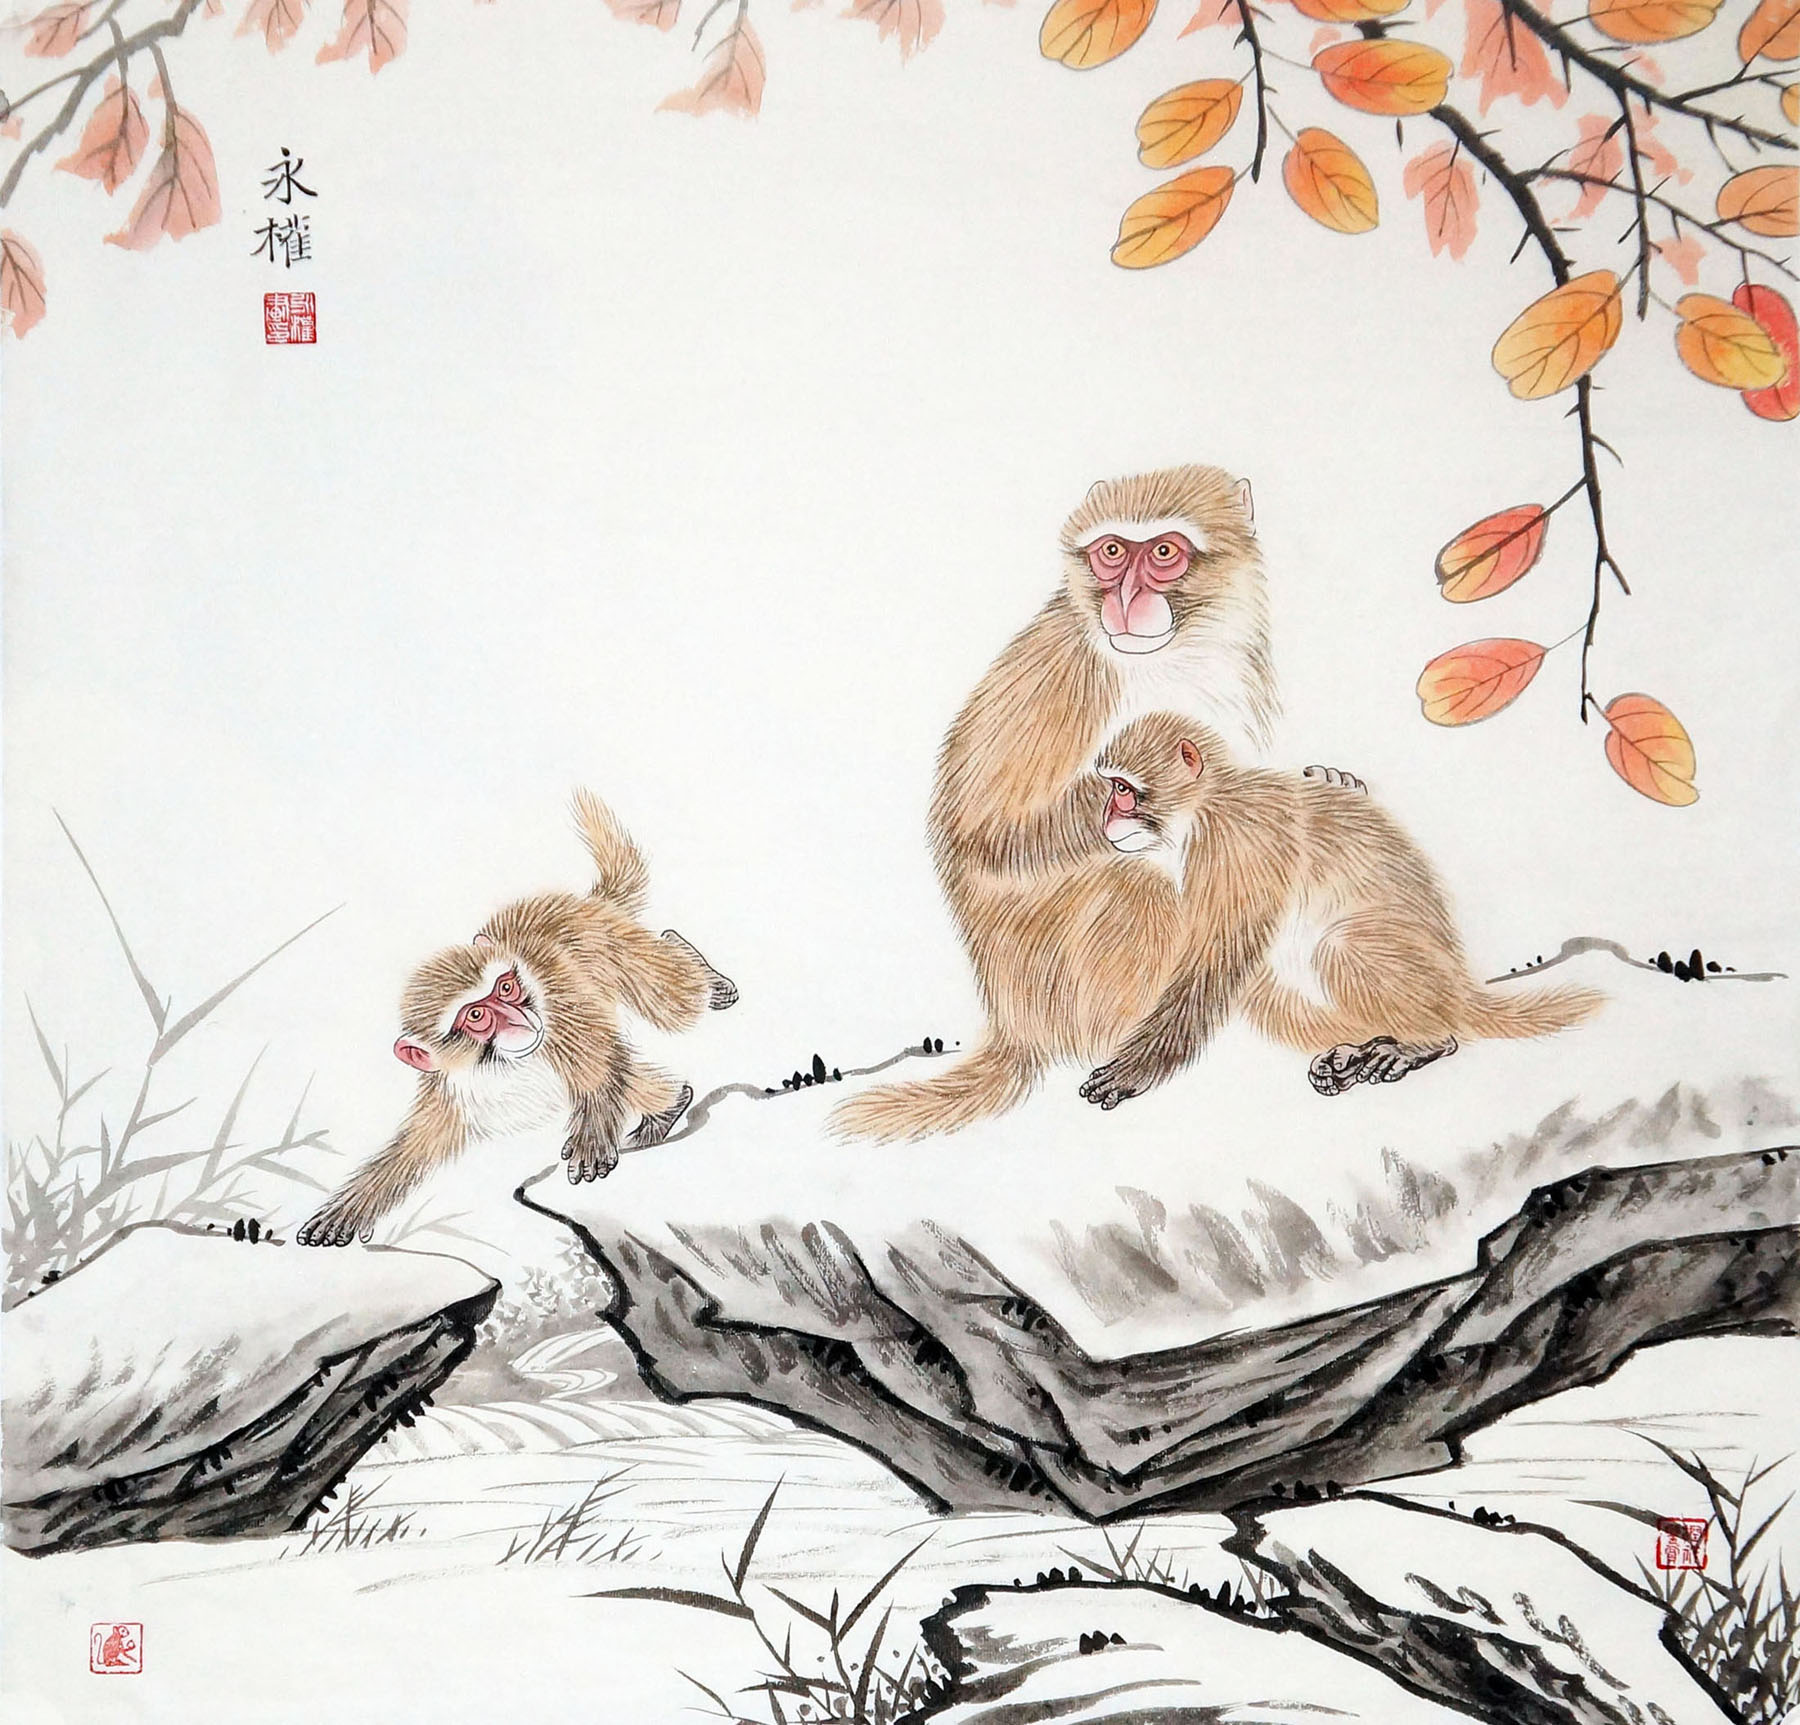
千家闭户无砧杵，七夕何人望斗牛。